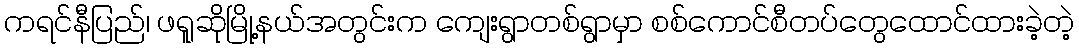
ကရင်နီပြည်၊ ဖရူဆိုမြို့နယ်အတွင်းက ကျေးရွာတစ်ရွာမှာ စစ်ကောင်စီတပ်တွေထောင်ထားခဲ့တဲ့